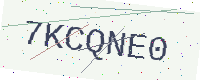
Text: 7KCQNE0